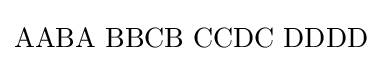
\mathrm {AABA\,\,BBCB\,\,CCDC\,\,DDDD}